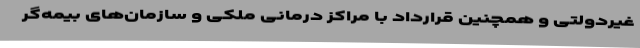
غیردولتی و همچنین قرارداد با مراکز درمانی ملکی و سازمان‌های بیمه‌گر